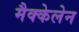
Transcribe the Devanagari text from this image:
मैक्केलेन